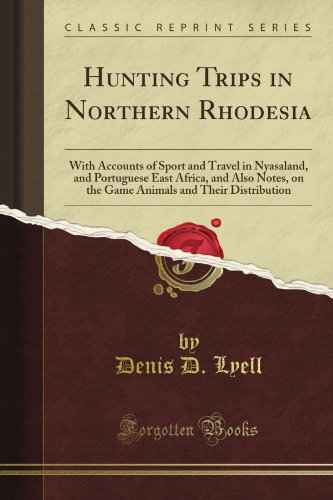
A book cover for Hunting Trips in Northern Rhodesia: With Accounts of Sport and Travel in Nyasaland, and Portuguese East Africa, and Also Notes, on the Game Animals and Their Distribution (Classic Reprint); Denis D. Lyell; Travel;